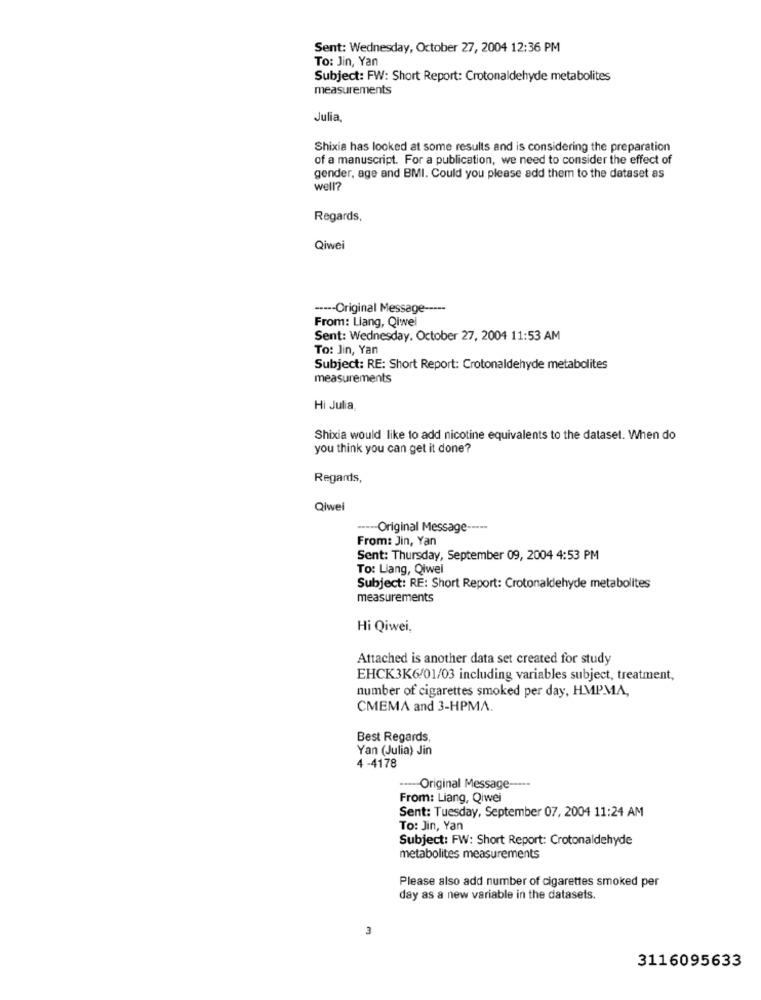
Sent: Wednesday, October 27, 2004 12:36 PM
To: Jin, Yan
Subject: FW: Short Report: Crotonaldehyde metabolites
measurements
Julia,
Shixia has looked at some results and is considering the preparation
of a manuscript. For a publication, we need to consider the effect of
gender, age and BMI. Could you please add them to the dataset as
well?
Regards,
Qiwei
----- Original Message -----
From: Liang, Qiwei
Sent: Wednesday, October 27, 2004 11:53 AM
To: Jin, Yan
Subject: RE: Short Report: Crotonaldehyde metabolites
measurements
Hi Julia
Shixia would like to add nicotine equivalents to the dataset. When do
you think you can get it done?
Regards,
Qiwei
----- Original Message -----
From: Jin, Yan
Sent: Thursday, September 09, 2004 4:53 PM
To: Liang, Qiwel
Subject: RE: Short Report: Crotonaldehyde metabolites
measurements
Hi Qiwei,
Attached is another data set created for study
EHCK3K6/01/03 including variables subject, treatment,
number of cigarettes smoked per day, HMPMA,
CMEMA and 3-HPMA.
Best Regards,
Yan (Julia) Jin
4 -4178
----- Original Message ---**
From: Liang, Qiwei
Sent: Tuesday, September 07, 2004 11:24 AM
To: Jin, Yan
Subject: FW: Short Report: Crotonaldehyde
metabolites measurements
Please also add number of cigarettes smoked per
day as a new variable in the datasets.
3
3116095633